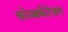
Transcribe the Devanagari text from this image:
कोआर्कटेशन